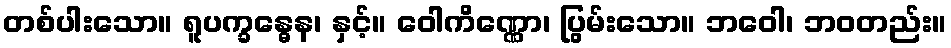
တစ်ပါးသော။ ရူပက္ခန္ဓေန၊ နှင့်။ ဝေါကိဏ္ဏော၊ ပြွမ်းသော။ ဘဝေါ၊ ဘဝတည်း။